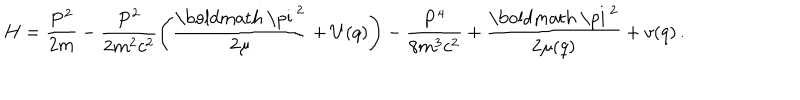
H = \frac { { \bf P } ^ { 2 } } { 2 m } - \frac { { \bf P } ^ { 2 } } { 2 m ^ { 2 } c ^ { 2 } } \left( \frac { { \mathrm { \boldmath ~ \ p i ~ } } ^ { 2 } } { 2 \mu } + U ( q ) \right) - \frac { { \bf P } ^ { 4 } } { 8 m ^ { 3 } c ^ { 2 } } + \frac { { \mathrm { \boldmath ~ \ p i ~ } } ^ { 2 } } { 2 \mu ( q ) } + v ( q ) \, .